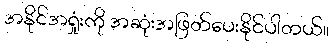
အနိုင်အရှုံးကို အဆုံးအဖြတ်ပေးနိုင်ပါတယ်။